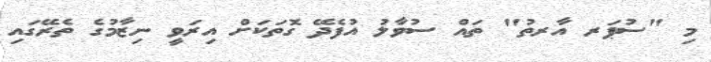
މި "ސުޕަރ އާރތު" ތައް ސުވާލު އުފެދޭ ގޮތަކަށް އިރަވީ ނިޒާމުގެ ތެރޭގައި